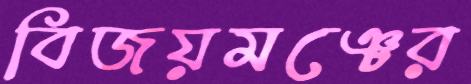
বিজয়মঞ্চের